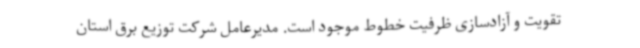
تقویت و آزادسازی ظرفیت خطوط موجود است. مدیرعامل شرکت توزیع برق استان